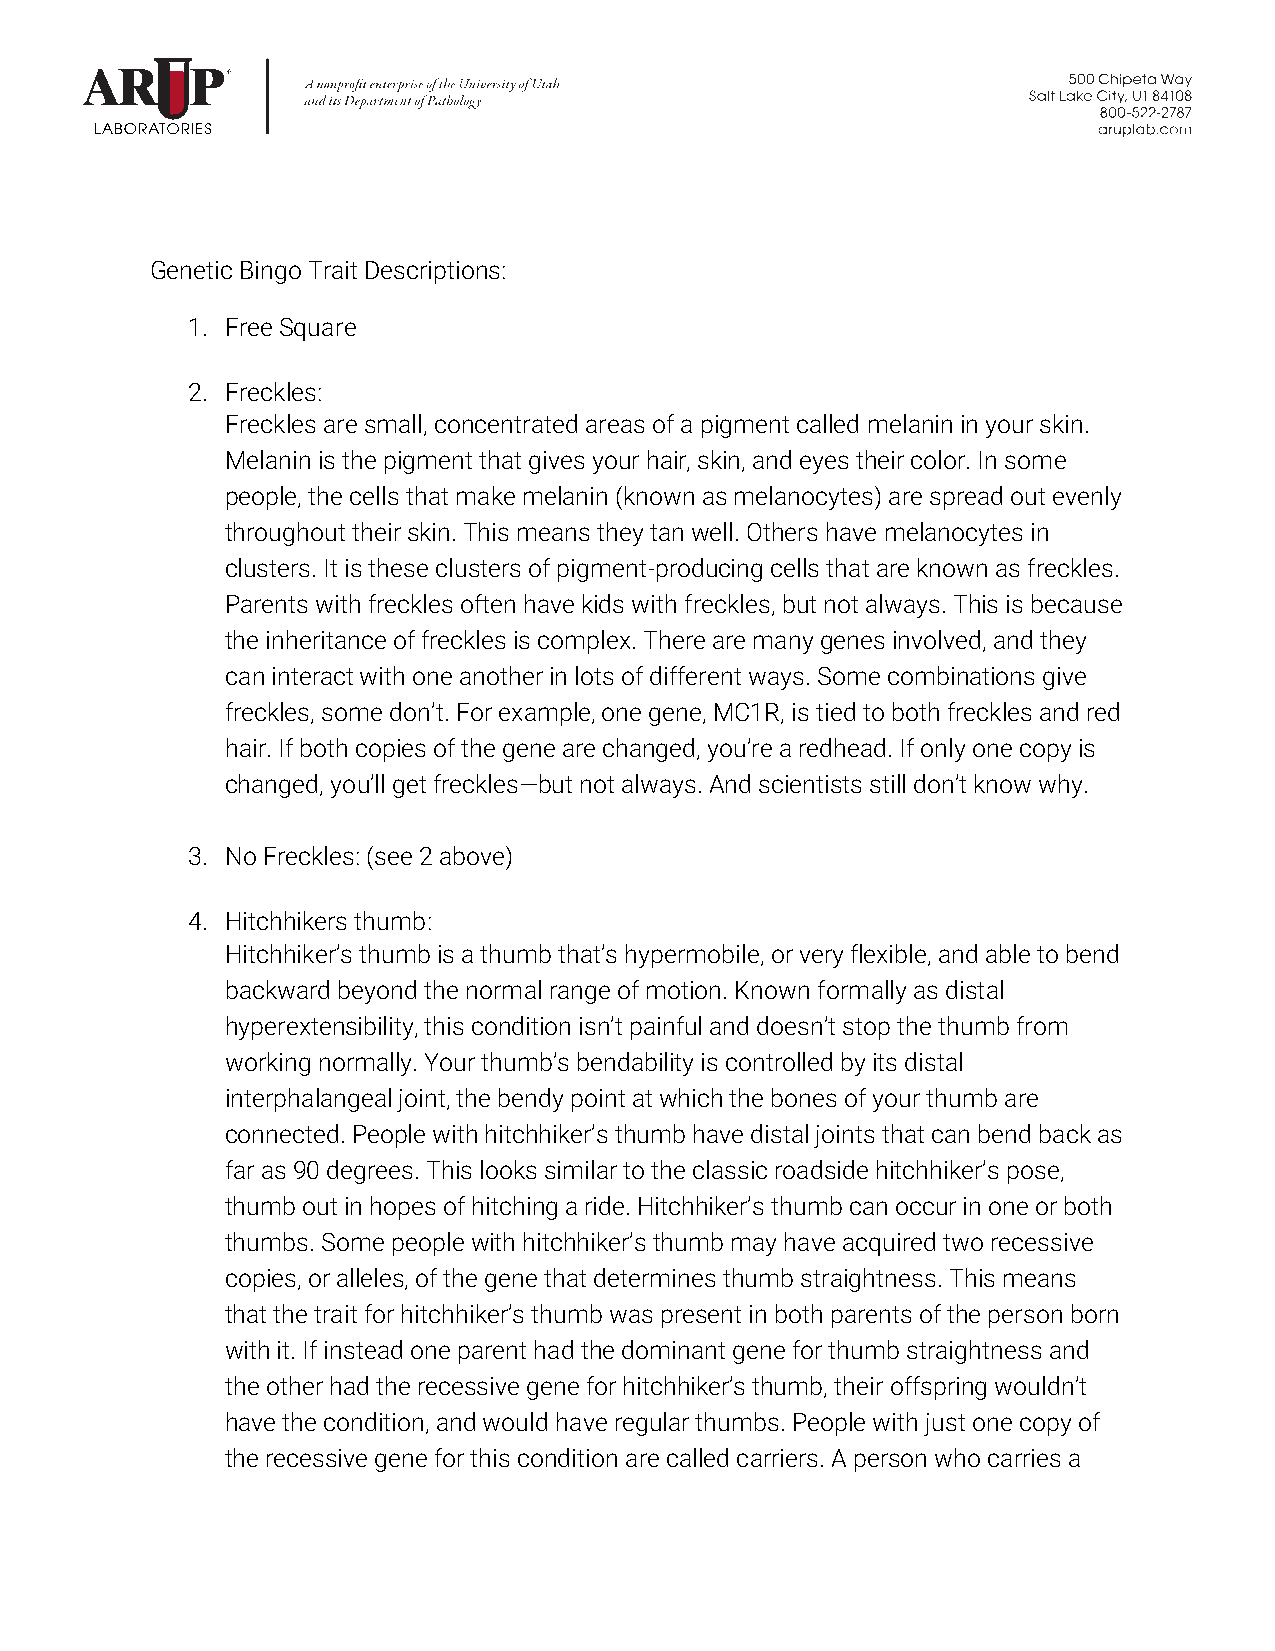
Genetic Bingo Trait Descriptions:
 1. Free Square
 2. Freckles:
 Freckles are small, concentrated areas of a pigment called melanin in your skin.
 Melanin is the pigment that gives your hair, skin, and eyes their color. In some
 people, the cells that make melanin (known as melanocytes) are spread out evenly
 throughout their skin. This means they tan well. Others have melanocytes in
 clusters. It is these clusters of pigment-producing cells that are known as freckles.
 Parents with freckles often have kids with freckles, but not always. This is because
 the inheritance of freckles is complex. There are many genes involved, and they
 can interact with one another in lots of different ways. Some combinations give
 freckles, some don’t. For example, one gene, MC1R, is tied to both freckles and red
 hair. If both copies of the gene are changed, you’re a redhead. If only one copy is
 changed, you’ll get freckles—but not always. And scientists still don’t know why.
 3. No Freckles: (see 2 above)
 4. Hitchhikers thumb:
 Hitchhiker’s thumb is a thumb that’s hypermobile, or very flexible, and able to bend
 backward beyond the normal range of motion. Known formally as distal
 hyperextensibility, this condition isn’t painful and doesn’t stop the thumb from
 working normally. Your thumb’s bendability is controlled by its distal
 interphalangeal joint, the bendy point at which the bones of your thumb are
 connected. People with hitchhiker’s thumb have distal joints that can bend back as
 far as 90 degrees. This looks similar to the classic roadside hitchhiker’s pose,
 thumb out in hopes of hitching a ride. Hitchhiker’s thumb can occur in one or both
 thumbs. Some people with hitchhiker’s thumb may have acquired two recessive
 copies, or alleles, of the gene that determines thumb straightness. This means
 that the trait for hitchhiker’s thumb was present in both parents of the person born
 with it. If instead one parent had the dominant gene for thumb straightness and
 the other had the recessive gene for hitchhiker’s thumb, their offspring wouldn’t
 have the condition, and would have regular thumbs. People with just one copy of
 the recessive gene for this condition are called carriers. A person who carries a